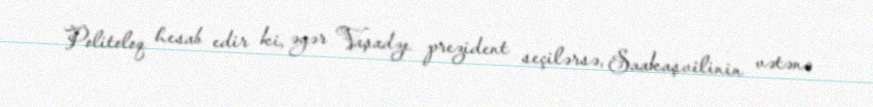
Politoloq hesab edir ki, əgər Vaşadze prezident seçilərsə, Saakaşvilinin vətənə